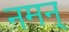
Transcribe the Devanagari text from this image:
नमन्